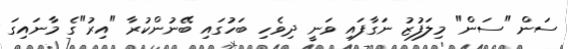
ސަން "ސަން" މިލަފުޒު ނަގާފައި ވަނީ ދިވެހި ބަހުގައި ބޭނުންކުރާ "އިރު"ގެ މާނައިގަ